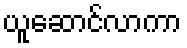
ယူဆောင်လာကာ